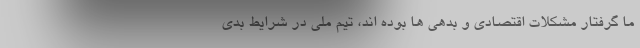
ما گرفتار مشکلات اقتصادی و بدهی ها بوده اند، تیم ملی در شرایط بدی